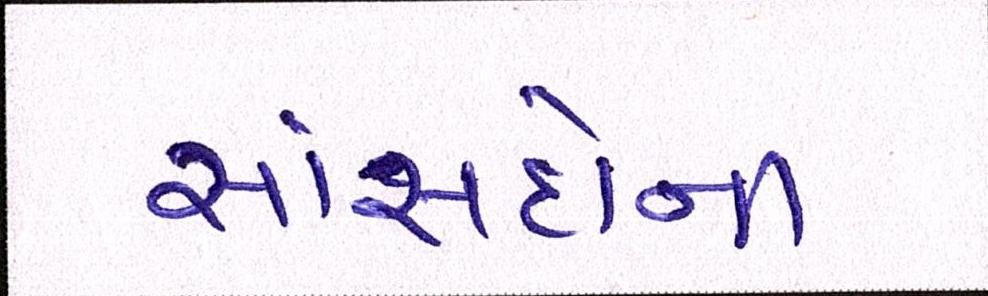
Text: સાંસદોની